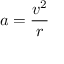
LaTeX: a = { \frac { v ^ { 2 } } { r } }